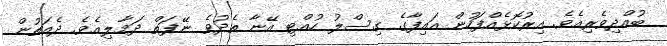
ބުއްދިވެރިއެވެ. އިރުކޮޅެއްފަހުން އައިފާގެ ގިސްލު ހުއްޓި އޭނާ ތެދުވެ ނޭފަތް ދަމާލިއެވެ. ދެއަތުން